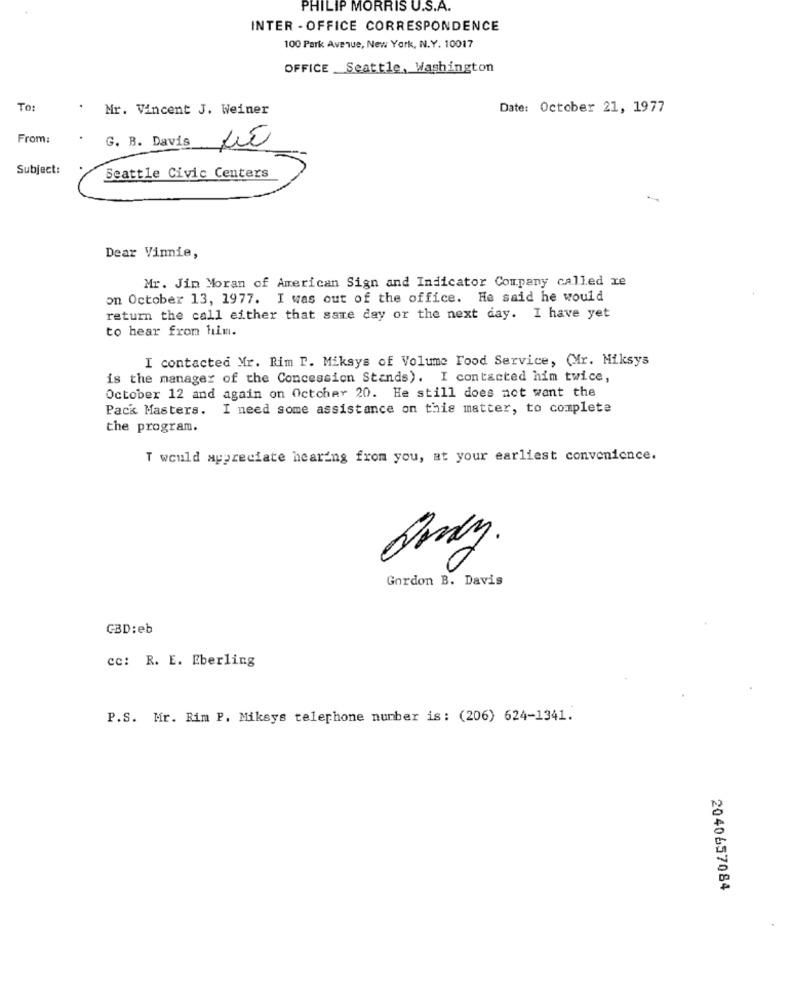
PHILIP MORRIS U.S.A.
INTER - OFFICE CORRESPONDENCE
100 Park Avenue, New York, N.Y. 10017
OFFICE Seattle, Washington
To:
Mr. Vincent J. Weiner
Date: October 21, 1977
From:
Subject:
Seattle Civic Centers
Dear Vinnie,
Mr. Jin Moran of American Sign and Indicator Company called re
on October 13, 1977. I was out of the office. He said he would
return the call either that same day or the next day. I have yet
to hear from him.
I contacted Mr. Rim T. Miksys of Volume Food Service, (Mr. Miksys
is the manager of the Concession Stands). I contacted him twice,
October 12 and again on Octcher 20. He still does not want the
Pack Masters. I need some assistance on this matter, to complete
the program.
T would appreciate hearing from you, at your earliest convenience.
Gordon B. Davis
CBD:eb
cc: R. E. Eberling
P.S. Mr. Rim P. Miksys telephone number is : (206) 624-1341.
2040657084